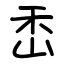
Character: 㟀